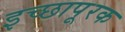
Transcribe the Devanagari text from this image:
इच्छापूरक